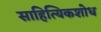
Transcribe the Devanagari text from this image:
साहित्यिकशोध